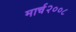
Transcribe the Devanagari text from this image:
मार्च२००८